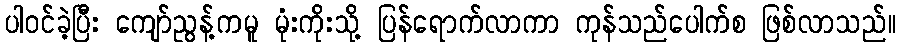
ပါဝင်ခဲ့ပြီး ကျော်ညွန့်ကမူ မုံးကိုးသို့ ပြန်ရောက်လာကာ ကုန်သည်ပေါက်စ ဖြစ်လာသည်။